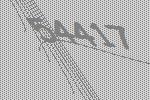
54417